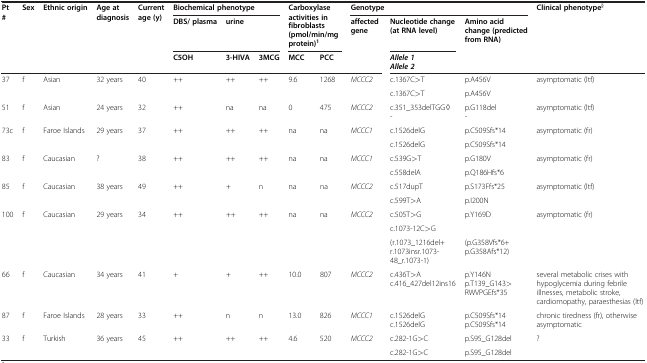
<table><thead><tr><td rowspan="3"><b>Pt #</b></td><td rowspan="3"><b>Sex</b></td><td rowspan="3"><b>Ethnic origin</b></td><td rowspan="3"><b>Age at diagnosis</b></td><td rowspan="3"><b>Current age (y)</b></td><td colspan="3"><b>Biochemical phenotype</b></td><td rowspan="2" colspan="2"><b>Carboxylase activities in fibroblasts (pmol/min/mg protein)<sup>1</sup></b></td><td colspan="3"><b>Genotype</b></td><td rowspan="3"><b>Clinical phenotype<sup>§</sup></b></td></tr><tr><td><b>DBS/ plasma</b></td><td colspan="2"><b>urine</b></td><td rowspan="2"><b>affected gene</b></td><td><b>Nucleotide change (at RNA level)</b></td><td rowspan="2"><b>Amino acid change (predicted from RNA)</b></td></tr><tr><td><b>C5OH</b></td><td><b>3-HIVA</b></td><td><b>3MCG</b></td><td><b>MCC</b></td><td><b>PCC</b></td><td><b><i>Allele 1 Allele 2</i></b></td></tr></thead><tbody><tr><td>37</td><td>f</td><td>Asian</td><td>32 years</td><td>40</td><td>++</td><td>++</td><td>++</td><td>9.6</td><td>1268</td><td><i>MCCC2</i></td><td>c.1367C&gt;T</td><td>p.A456V</td><td>asymptomatic (ltf)</td></tr><tr><td> </td><td> </td><td> </td><td> </td><td> </td><td> </td><td> </td><td> </td><td> </td><td> </td><td> </td><td>c.1367C&gt;T</td><td>p.A456V</td><td> </td></tr><tr><td>51</td><td>f</td><td>Asian</td><td>24 years</td><td>32</td><td>++</td><td>na</td><td>na</td><td>0</td><td>475</td><td><i>MCCC2</i></td><td>c.351_353delTGG◊ -</td><td>p.G118del -</td><td>asymptomatic (ltf)</td></tr><tr><td>73c</td><td>f</td><td>Faroe Islands</td><td>29 years</td><td>37</td><td>++</td><td>++</td><td>++</td><td>na</td><td>na</td><td><i>MCCC1</i></td><td>c.1526delG</td><td>p.C509Sfs*14</td><td>asymptomatic (fr)</td></tr><tr><td> </td><td> </td><td> </td><td> </td><td> </td><td> </td><td> </td><td> </td><td> </td><td> </td><td> </td><td>c.1526delG</td><td>p.C509Sfs*14</td><td> </td></tr><tr><td>83</td><td>f</td><td>Caucasian</td><td>?</td><td>38</td><td>++</td><td>++</td><td>++</td><td>na</td><td>na</td><td><i>MCCC1</i></td><td>c.539G&gt;T</td><td>p.G180V</td><td>asymptomatic (fr)</td></tr><tr><td> </td><td> </td><td> </td><td> </td><td> </td><td> </td><td> </td><td> </td><td> </td><td> </td><td> </td><td>c.558delA</td><td>p.Q186Hfs*6</td><td> </td></tr><tr><td>85</td><td>f</td><td>Caucasian</td><td>38 years</td><td>49</td><td>++</td><td>+</td><td>n</td><td>na</td><td>na</td><td><i>MCCC2</i></td><td>c.517dupT</td><td>p.S173Ffs*25</td><td>asymptomatic (ltf)</td></tr><tr><td> </td><td> </td><td> </td><td> </td><td> </td><td> </td><td> </td><td> </td><td> </td><td> </td><td> </td><td>c.599T&gt;A</td><td>p.I200N</td><td> </td></tr><tr><td>100</td><td>f</td><td>Caucasian</td><td>29 years</td><td>34</td><td>++</td><td>++</td><td>++</td><td>na</td><td>na</td><td><i>MCCC2</i></td><td>c.505T&gt;G</td><td>p.Y169D</td><td>asymptomatic (fr)</td></tr><tr><td> </td><td> </td><td> </td><td> </td><td> </td><td> </td><td> </td><td> </td><td> </td><td> </td><td> </td><td>c.1073-12C&gt;G</td><td> </td><td> </td></tr><tr><td> </td><td> </td><td> </td><td> </td><td> </td><td> </td><td> </td><td> </td><td> </td><td> </td><td> </td><td>(r.1073_1216del+ r.1073insr.1073- 48_r.1073-1)</td><td>(p.G358Vfs*6+ p.G358Afs*12)</td><td> </td></tr><tr><td>66</td><td>f</td><td>Caucasian</td><td>34 years</td><td>41</td><td>+</td><td>+</td><td>++</td><td>10.0</td><td>807</td><td><i>MCCC2</i></td><td>c.436T&gt;Ac.416_427del12ins16</td><td>p.Y146Np.T139_G143&gt; RWVPGEfs*35</td><td>several metabolic crises with hypoglycemia during febrile illnesses, metabolic stroke, cardiomopathy, paraesthesias (ltf)</td></tr><tr><td>87</td><td>f</td><td>Faroe Islands</td><td>28 years</td><td>33</td><td>++</td><td>n</td><td>n</td><td>13.0</td><td>826</td><td><i>MCCC1</i></td><td>c.1526delGc.1526delG</td><td>p.C509Sfs*14p.C509Sfs*14</td><td>chronic tiredness (fr), otherwise asymptomatic</td></tr><tr><td>33</td><td>f</td><td>Turkish</td><td>36 years</td><td>45</td><td>++</td><td>++</td><td>++</td><td>4.6</td><td>520</td><td><i>MCCC2</i></td><td>c.282-1G&gt;C</td><td>p.S95_G128del</td><td>?</td></tr><tr><td> </td><td> </td><td> </td><td> </td><td> </td><td> </td><td> </td><td> </td><td> </td><td> </td><td> </td><td>c.282-1G&gt;C</td><td>p.S95_G128del</td><td> </td></tr></tbody></table>